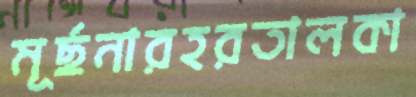
মূর্ছনারহরতালকা